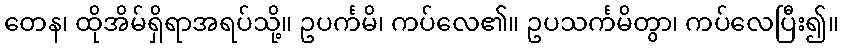
တေန၊ ထိုအိမ်ရှိရာအရပ်သို့။ ဥပင်္ကမိ၊ ကပ်လေ၏။ ဥပသင်္ကမိတွာ၊ ကပ်လေပြီး၍။